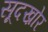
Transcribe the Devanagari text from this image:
सूदख़ोर